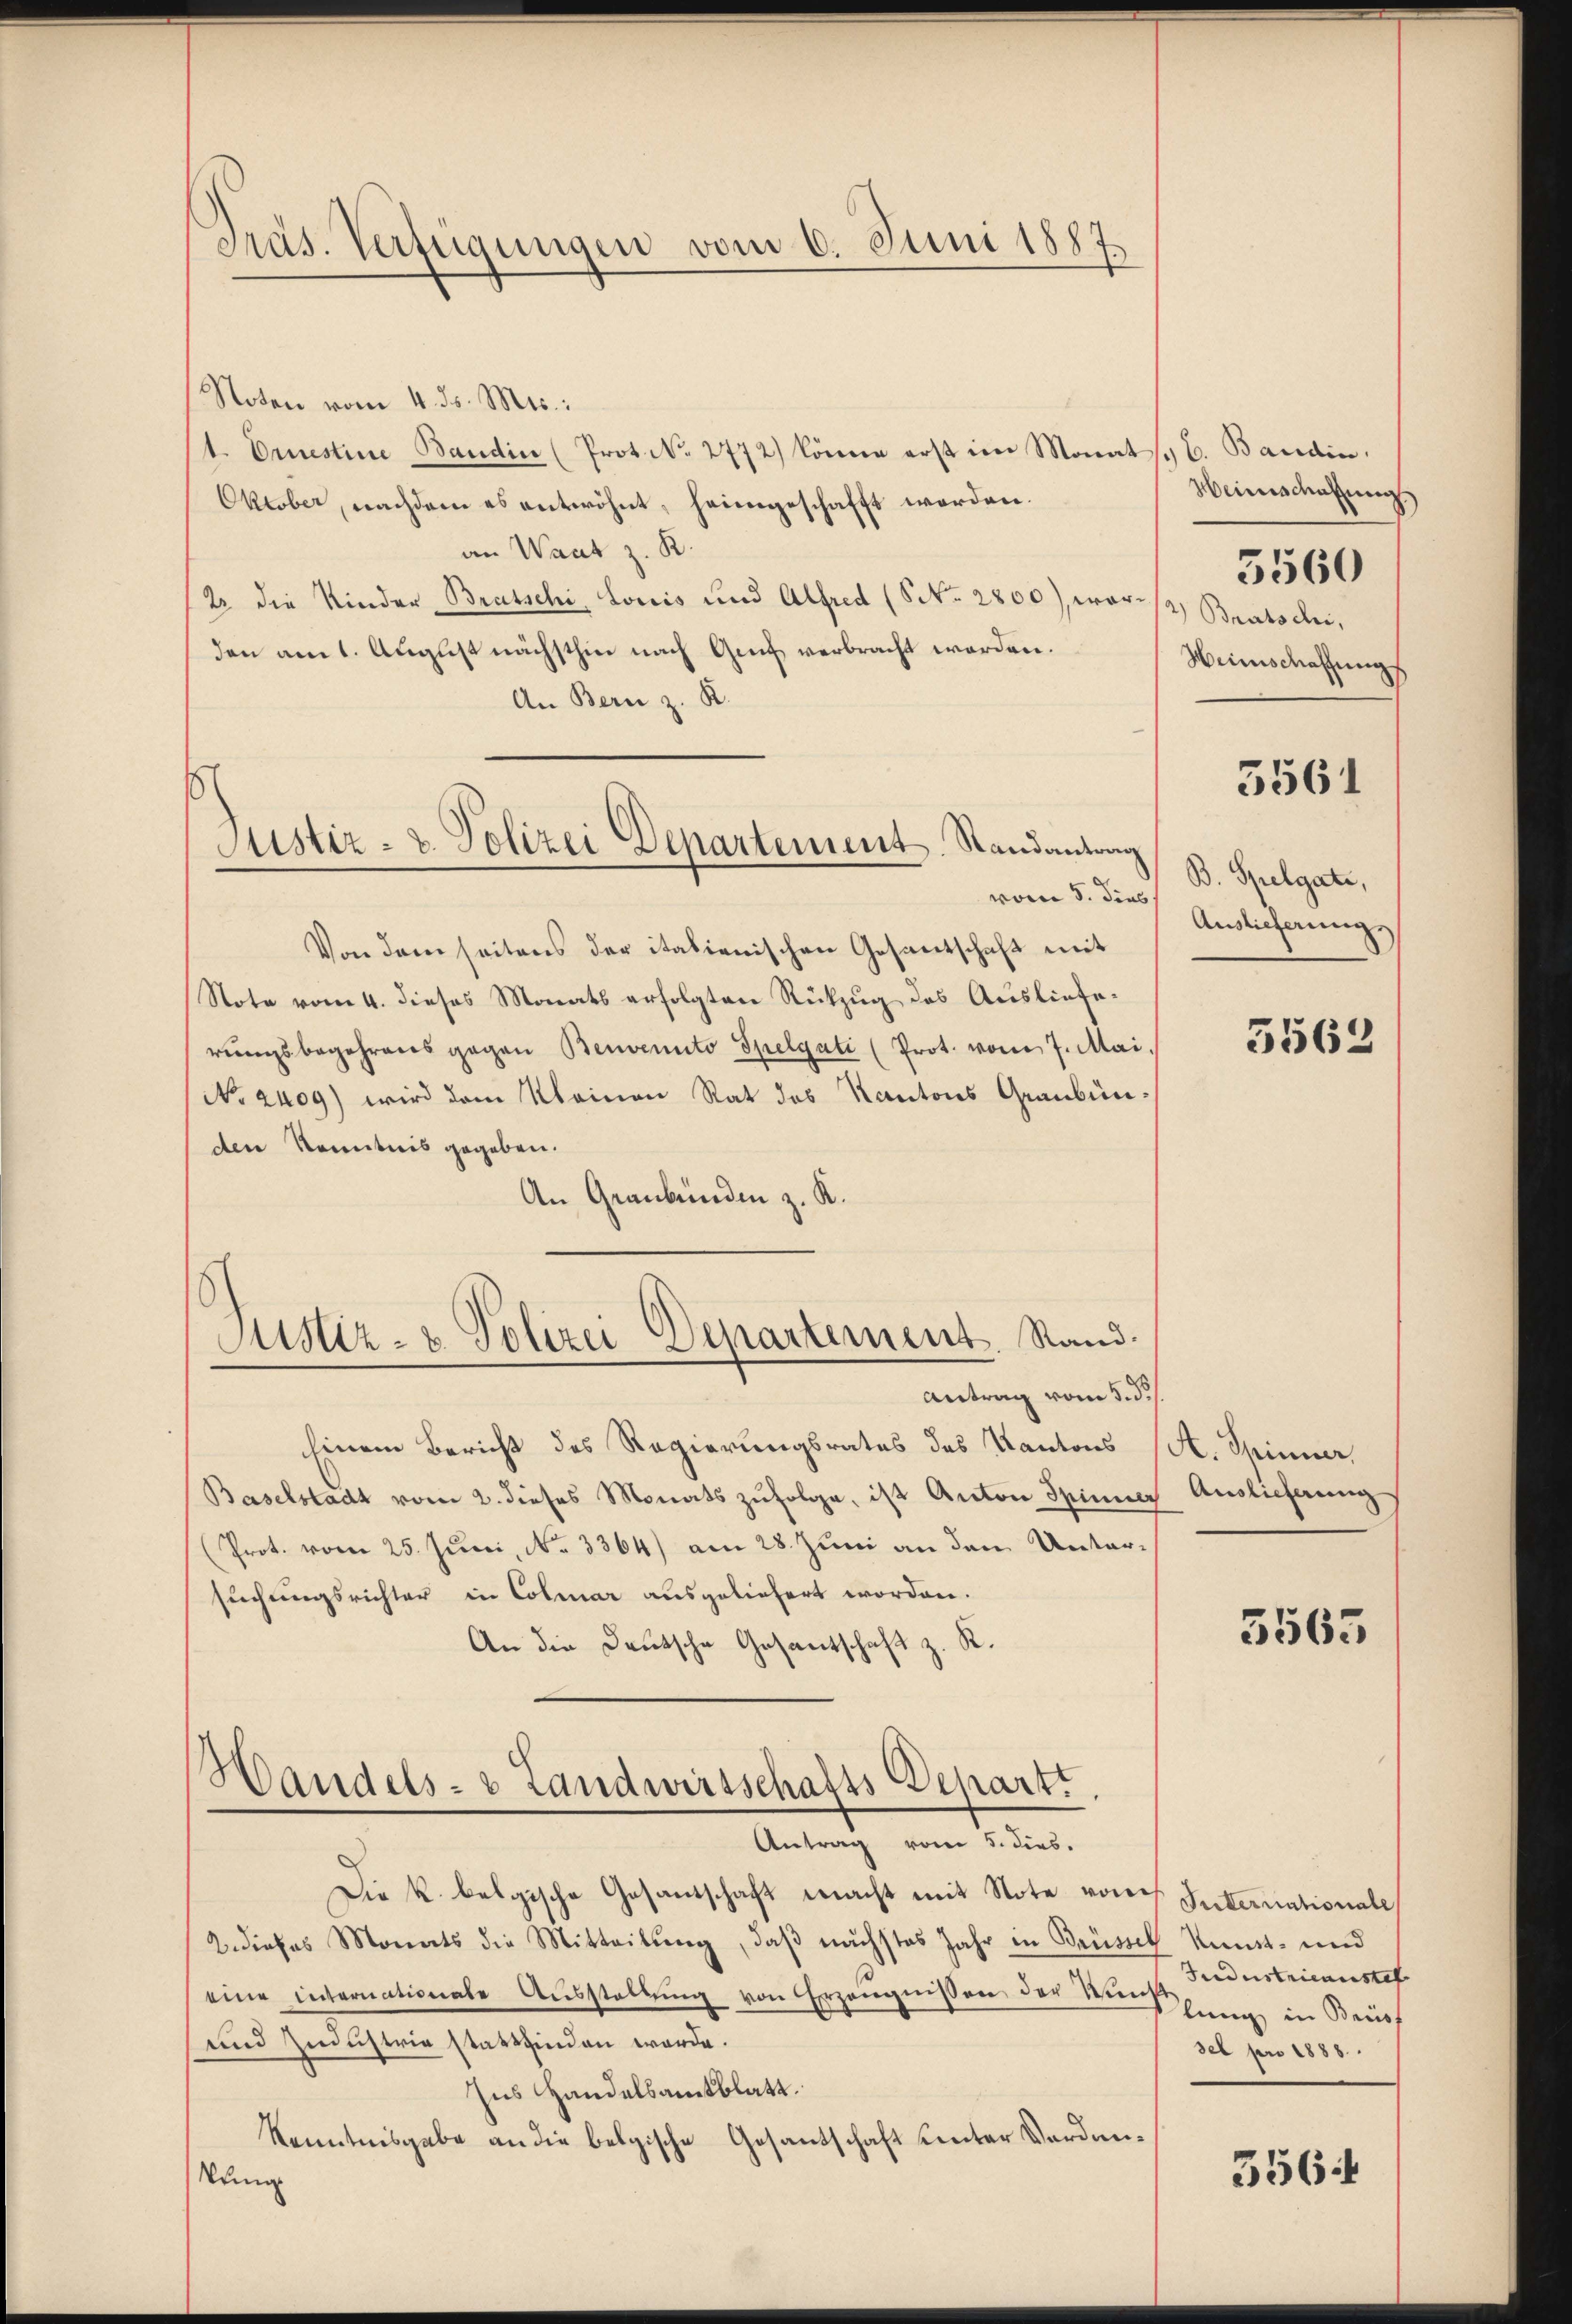
Pras. Verfügungen vom 6. Juni 1887

Noten vom 4. ds. Mts.:
t. Orestine Bandin (Prot. No. 2772) könne erst im Monats 6. Bandin
Oktober, nachdem es entwöhnt, heimgeschafft werden.
an Waat z. R.
2 die Kinder Bratschi, Lonis und Alfred (S. 2800), war s. Bratschi,
den am 1. August nächsthin nach Genf verbracht worden.
An Bern z. R.
Justiz- u. Polizei Departement. Randantrag
vom 5. dies
Von dem seitens der italienischen Gesantschaft mit
Note vom 4. dieses Monats erfolgten Rückzug des Auslieferungsbegehrens gegen Benvenuto Spelgati (Prot. vom 7. Mai.
No 2409) wird dem Kleinen Rat des Kantons Graubünden Kenntnis gegeben.
An Graubünden z. K.

Justiz- & Polizei-Departement. Rand.

Handels- & Landwirtschafts Departi
Antrag vom 5. dies.

Antrag vom 5. d.
Einem Bericht des Regierungsrates des Kantons (St. Spinner,
Baselstadt vom 2. dieses Monats zufolge, ist Anton Spinner Auslieferung
(Prot. vom 25. Juni, No 3364) am 28. Juni an den Untersuchungsrichter in Colmar ausgeliefert worden.
An die Deutsche Gesantschaft z. R.

Weinschaffung
Weinschaffung

Die k. belgische Gesandschaft macht mit Note von Internationale
2 dieses Monats die Mitteilŭng, daß nächstes Jahr in Brüssel Kunst- und
eine internationale Ausstellung von Erzeugnissen der Messung in Brief
und Zudustrie stattfinden werde.
Ins Handelsamtblatt.
Kenntnisgabe an die belgische Gesantschaft unter Verdan¬
Kung

5560

3561

B. Spelgate,
Auslieferung

5562

3565

Jndustrieaustel
sel pro 1888.

356